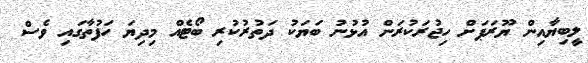
ލީބިޔާއިން ޔޫރަޕަށް ހިޖުރަކުރަން އުޅުނު ބަޔަކު ދަތުރުކުރި ބޯޓެއް މިދިޔަ ހަފުތާގައި ވެސް